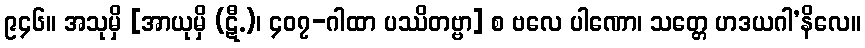
၉၄၆။ အသုမှိ [အာယုမှိ (ဋီ.)၊ ၄၀၇-ဂါထာ ပဿိတဗ္ဗာ] စ ဗလေ ပါဏော၊ သတ္တေ ဟဒယဂါ’နိလေ။